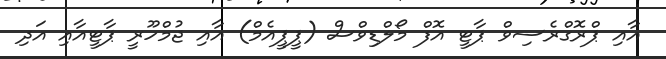
އާއި ޕްރޮގްރެސިވް ޕާޓީ އޮފް މޯލްޑިވްސް (ޕީޕީއެމް) އާއި ޖުމްހޫރީ ޕާޓީއާއި އަދި